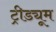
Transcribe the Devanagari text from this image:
ट्रीड्यूम